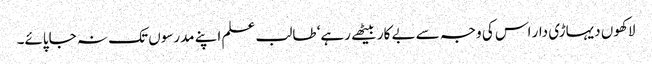
لاکھوں دیہاڑی دار اس کی وجہ سے بے کار بیٹھے رہے‘ طالب علم اپنے مدرسوں تک نہ جاپائے۔